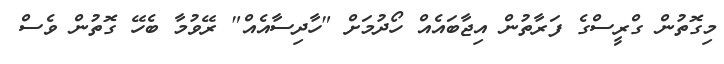
މިގޮތުން ގްރީސްގެ ފަރާތުން އިޖާބައެއް ހޯދުމަށް "ހާދިސާއެއް" ރޭވުމާ ބެހޭ ގޮތުން ވެސް